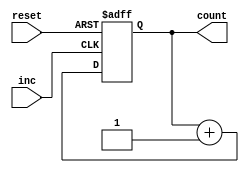
module counter_16bit(
    //input clk,
    input reset,
    input inc,
    output reg [15:0] count
    );
    always @ (posedge inc or negedge reset) begin
        if(!reset) begin
        count <= 0;
    end else begin
//        if(inc == 1)
            count <= count + 1;
    end
    end
endmodule